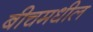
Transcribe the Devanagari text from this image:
बीचमधील